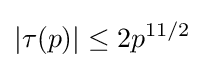
|\tau (p)|\leq 2p^{11/2}